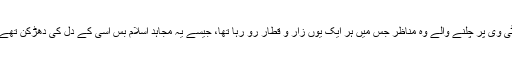
ٹی وی پر چلنے والے وہ مناظر جس میں ہر ایک یوں زار و قطار رو رہا تھا، جیسے یہ مجاہد اسلام بس اسی کے دل کی دھڑکن تھے۔